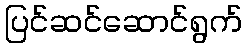
ပြင်ဆင်ဆောင်ရွက်